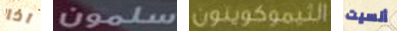
اذا سلمون الثيموكوينون أنسيت